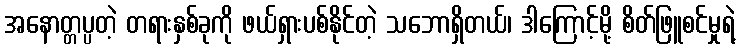
အနောတ္တပ္ပတဲ့ တရားနှစ်ခုကို ဖယ်ရှားပစ်နိုင်တဲ့ သဘောရှိတယ်၊ ဒါကြောင့်မို့ စိတ်ဖြူစင်မှုရဲ့